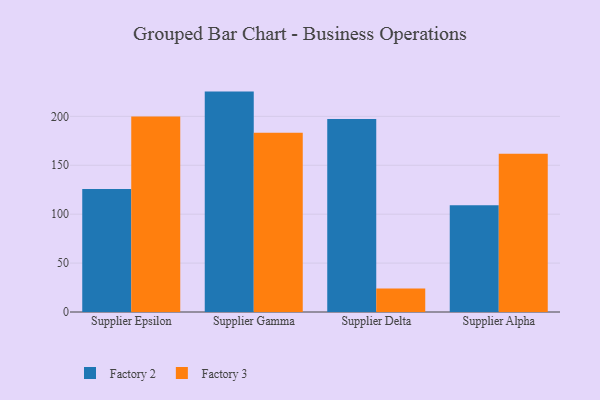
{"axis": {"x": "Supplier", "y": "Market Share (%)"}, "legend": ["Factory 2", "Factory 3"], "data": [{"x": "Supplier Epsilon", "y": 125.8, "type": "Factory 2"}, {"x": "Supplier Epsilon", "y": 199.9, "type": "Factory 3"}, {"x": "Supplier Gamma", "y": 225.3, "type": "Factory 2"}, {"x": "Supplier Gamma", "y": 183.2, "type": "Factory 3"}, {"x": "Supplier Delta", "y": 197.3, "type": "Factory 2"}, {"x": "Supplier Delta", "y": 24.1, "type": "Factory 3"}, {"x": "Supplier Alpha", "y": 109.1, "type": "Factory 2"}, {"x": "Supplier Alpha", "y": 161.7, "type": "Factory 3"}]}